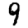
Digit: 9